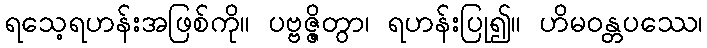
ရသေ့ရဟန်းအဖြစ်ကို။ ပဗ္ဗဇ္ဇိတွာ၊ ရဟန်းပြု၍။ ဟိမဝန္တပဿေ၊